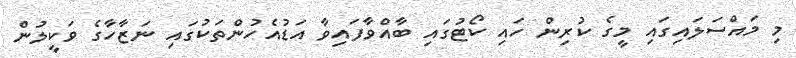
މި މައްސަލައިގައި މީގެ ކުރިން ހައި ކޯޓުގައި ބާއްވާފައިވާ އަޑުއެހުންތަކުގައި ނަޒާހާގެ ވަކީލުން